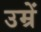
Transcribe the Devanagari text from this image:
उम्रें